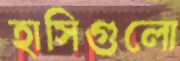
হাসিগুলো